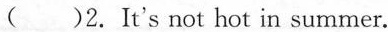
( )2. It's not hot in summer.